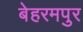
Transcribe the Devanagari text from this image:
बेहरमपुर